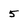
Character: 5